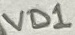
Text: VD1